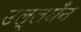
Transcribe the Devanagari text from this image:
उल्लघँन